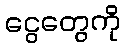
ငွေတွေကို